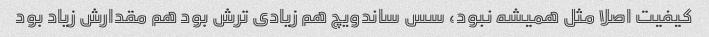
کیفیت اصلا مثل همیشه نبود، سس ساندویچ هم زیادی ترش بود هم مقدارش زیاد بود